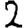
Digit: 2